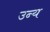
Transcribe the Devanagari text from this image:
उन्य